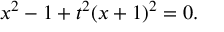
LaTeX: x ^ { 2 } - 1 + t ^ { 2 } ( x + 1 ) ^ { 2 } = 0 .